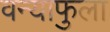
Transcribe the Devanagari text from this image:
वन्याफुला